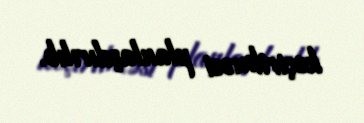
keçirilməsi planlaşdırılıb.